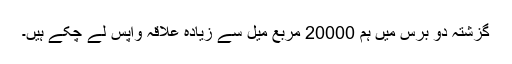
گزشتہ دو برس میں ہم 20000 مربع میل سے زیادہ علاقہ واپس لے چکے ہیں۔